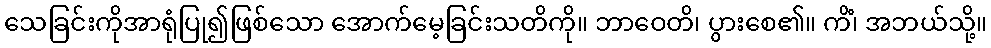
သေခြင်းကိုအာရုံပြု၍ဖြစ်သော အောက်မေ့ခြင်းသတိကို။ ဘာဝေတိ၊ ပွားစေ၏။ ကိံ၊ အဘယ်သို့။